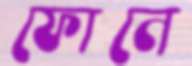
ফোনে